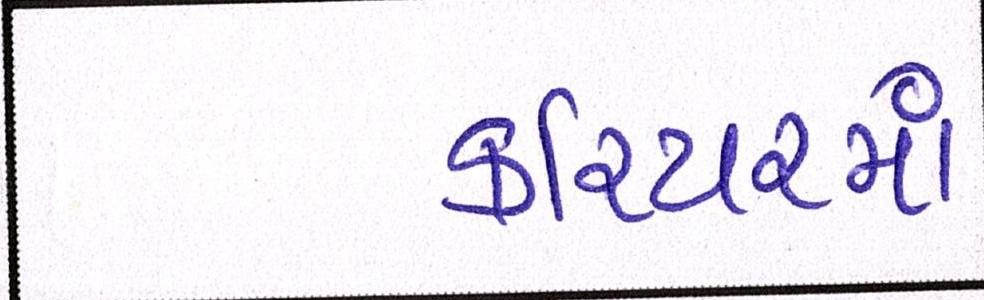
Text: કરિયરમાં